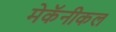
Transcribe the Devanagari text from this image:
मेकॅनीकल